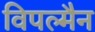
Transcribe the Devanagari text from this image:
विपल्मैन